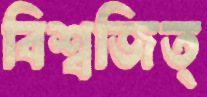
বিশ্বজিত্